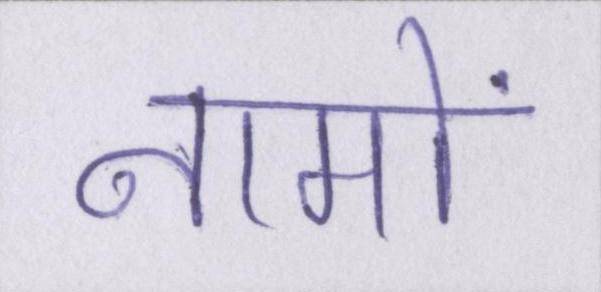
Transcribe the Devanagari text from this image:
नामों